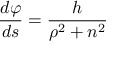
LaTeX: { \frac { d \varphi } { d s } } = { \frac { h } { \rho ^ { 2 } + n ^ { 2 } } }